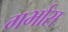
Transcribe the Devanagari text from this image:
गर्भास